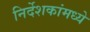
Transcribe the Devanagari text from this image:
निर्देशकांमध्ये